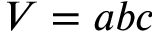
V = a b c